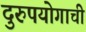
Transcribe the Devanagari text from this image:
दुरुपयोगाची